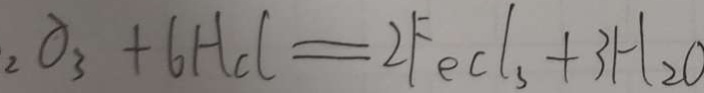
_ { 2 } O _ { 3 } + 6 H C l = 2 F e C l _ { 3 } + 3 H _ { 2 } O